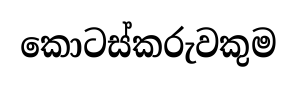
කොටස්කරුවකුම